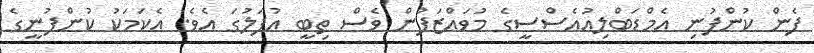
ފެން ކުންފުނި އެމްޑަބްލިއުއެސްސީގެ މުވައްޒަފުން ވެސް ތިބީ އުފަލުގަ އެވެ. އެކަމަކު ކުންފުނީގެ